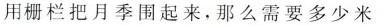
用栅栏把月季围起来，那么需要多少米